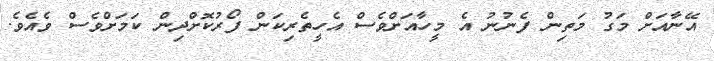
އޭނާއަށް މަގު މަތިން ފެނުނު އެ މީހާއަށްވެސް އެހީތެރިކަން ފޯރުކޮށްދިން ކަމަށްވެސް ވެއެވެ.